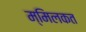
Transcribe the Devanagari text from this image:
म्मिलकत